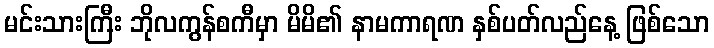
မင်းသားကြီး ဘိုလကွန်စကီမှာ မိမိ၏ နာမကာရဏ နှစ်ပတ်လည်နေ့ ဖြစ်သော